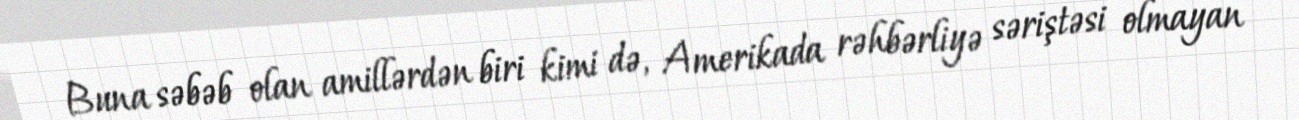
Buna səbəb olan amillərdən biri kimi də, Amerikada rəhbərliyə səriştəsi olmayan